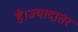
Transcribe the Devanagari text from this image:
है।ज्यादातर